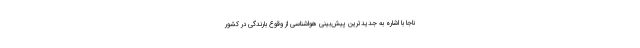
ناجا با اشاره به جدیدترین پیش‌بینی هواشناسی از وقوع بارندگی در کشور